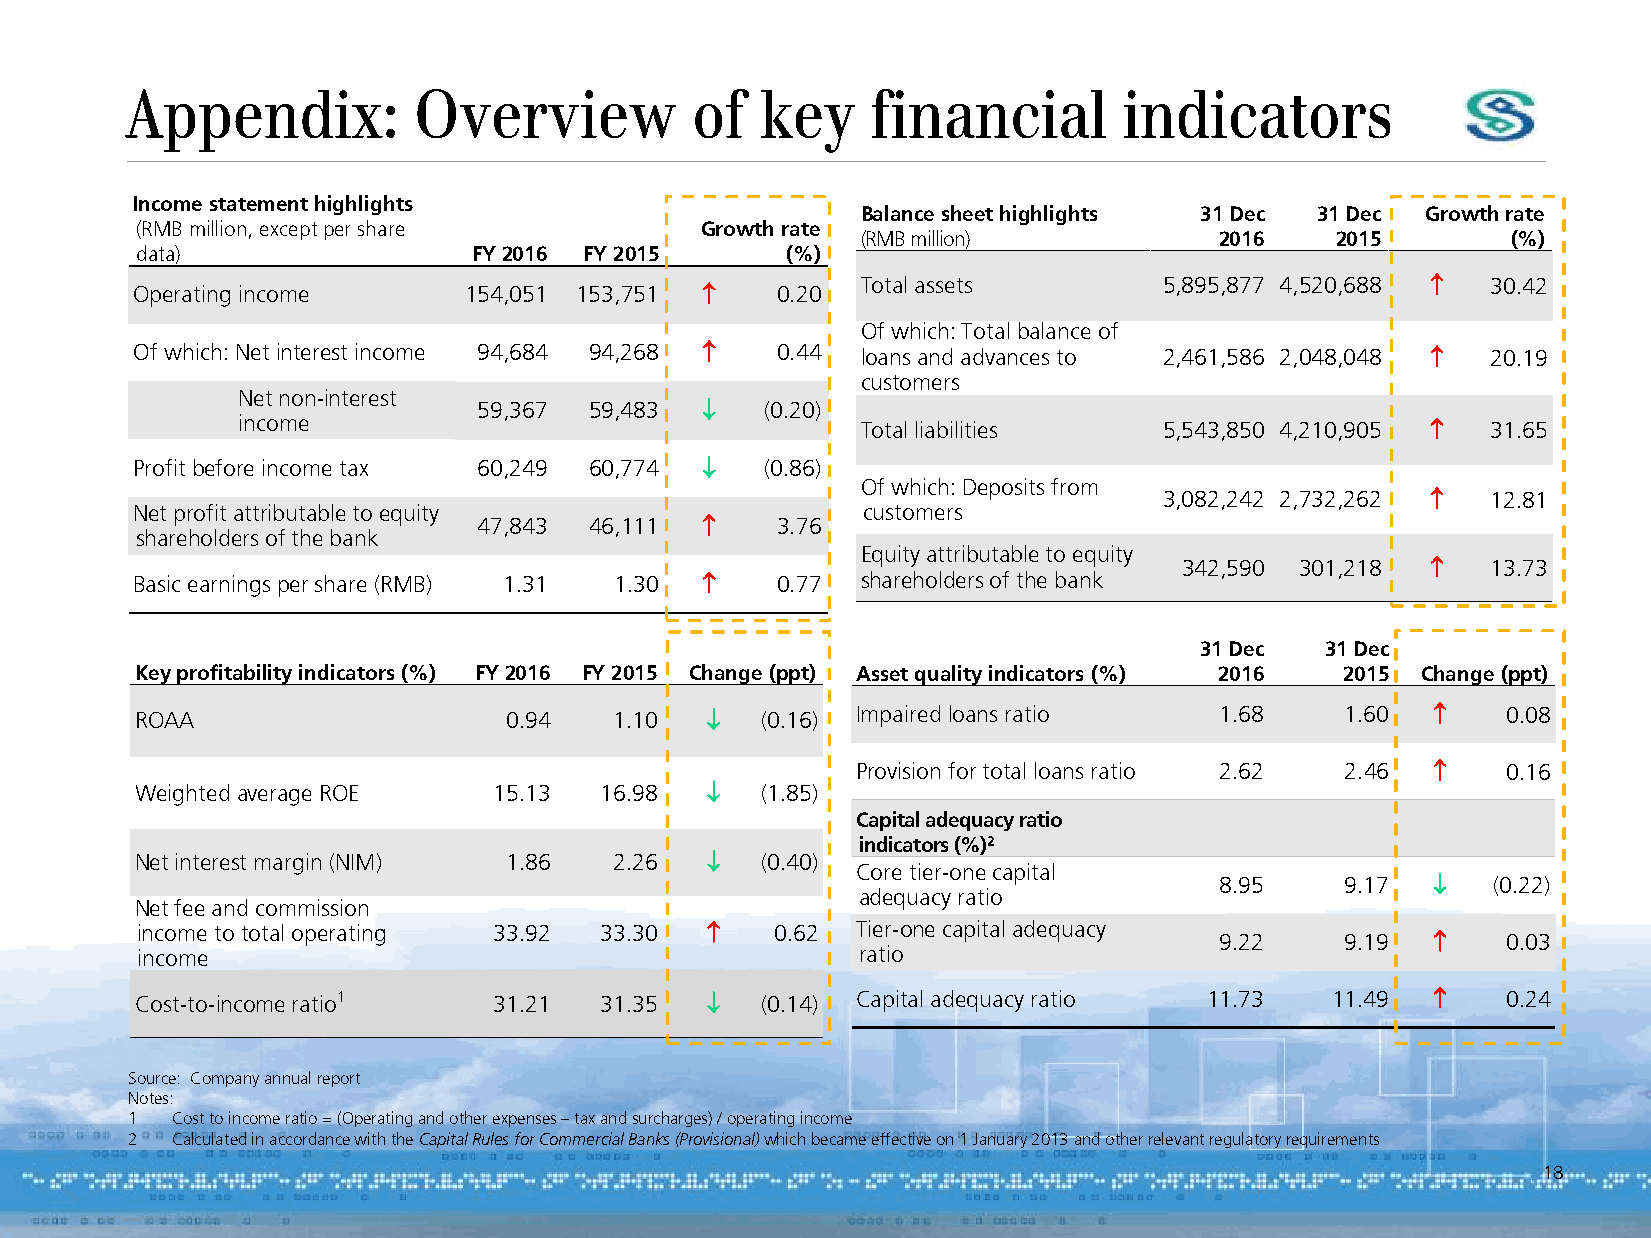
Appendix:          Overview           of  key     financial       indicators
 Income statement highlights
 Balance sheet highlights 31 Dec 31 Dec Growth rate
 (RMB million, except per share       Growth rate
 (RMB million)           2016   2015        (%)
 data)                 FY 2016 FY 2015      (%)
 Total assets        5,895,877 4,520,688  30.42
 Operating income      154,051 153,751    0.20
 Of which: Total balance of
 Of which: Net interest income 94,684 94,268  0.44 loans and advances to 2,461,586 2,048,048  20.19
 customers
 Net non-interest
 59,367 59,483     (0.20)
 income
 Total liabilities   5,543,850 4,210,905  31.65
 Profit before income tax 60,249 60,774   (0.86)
 Of which: Deposits from
 3,082,242 2,732,262  12.81
 Net profit attributable to equity               customers
 47,843 46,111     3.76
 shareholders of the bank
 Equity attributable to equity
 342,590 301,218     13.73
 Basic earnings per share (RMB) 1.31 1.30  0.77 shareholders of the bank
 31 Dec   31 Dec
 Key profitability indicators (%) FY 2016 FY 2015 Change (ppt) Asset quality indicators (%) 2016 2015 Change (ppt)
 ROAA                    0.94    1.10    (0.16) Impaired loans ratio    1.68    1.60      0.08
 Provision for total loans ratio 2.62 2.46  0.16
 Weighted average ROE    15.13  16.98    (1.85)
 Capital adequacy ratio
 indicators (%)2
 Net interest margin (NIM) 1.86  2.26    (0.40)
 Core tier-one capital
 8.95    9.17     (0.22)
 adequacy ratio
 Net fee and commission
 income to total operating 33.92 33.30    0.62  Tier-one capital adequacy
 9.22    9.19      0.03
 income                                          ratio
 Cost-to-income ratio1   31.21  31.35    (0.14) Capital adequacy ratio 11.73   11.49      0.24
 Source: Company annual report
 Notes:
 1  Cost to income ratio = (Operating and other expenses – tax and surcharges) / operating income
 2  Calculated in accordance with the Capital Rules for Commercial Banks (Provisional) which became effective on 1 January 2013 and other relevant regulatory requirements
 18